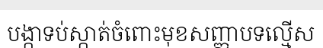
បង្កាទប់ស្កាត់ចំពោះមុខសញ្ញាបទល្មើស